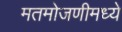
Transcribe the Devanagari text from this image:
मतमोजणीमध्ये